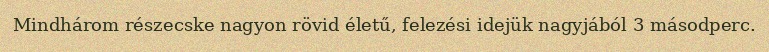
Mindhárom részecske nagyon rövid életű, felezési idejük nagyjából 3 másodperc.